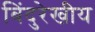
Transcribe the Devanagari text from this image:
बिंदुरेखीय